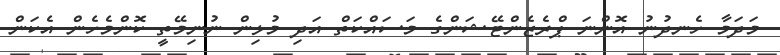
މަދަމާ ހެނދުނު އޮންނަ ޕްރެޒެންޓޭޝަންގެ މަސައްކަތް އަދި މުޅިން ނުނިމޭތީ ކޮންމެހެން އެކަން